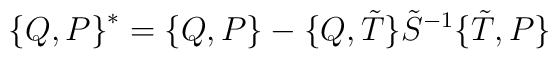
\bigl\{Q,P\bigr\}^\ast=\bigl\{Q,P\bigr\}-\bigl\{Q,\tilde T\bigr\}\tilde S^{-1}\bigl\{\tilde T,P\bigr\}